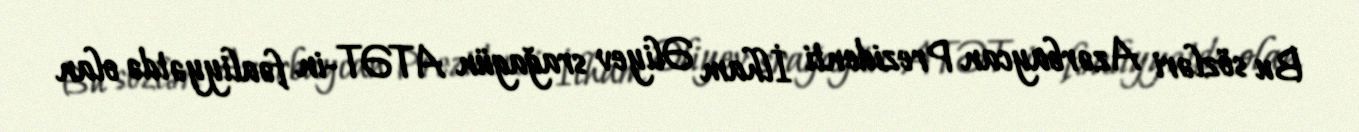
Bu sözləri Azərbaycan Prezidenti İlham Əliyev srağagün ATƏT-in fəaliyyətdə olan